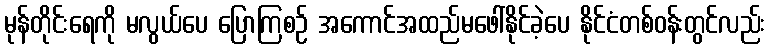
မုန်တိုင်းရေကို မလွယ်ပေ ပြောကြစဉ် အကောင်အထည်မဖေါ်နိုင်ခဲ့ပေ နိုင်ငံတစ်ဝန်းတွင်လည်း